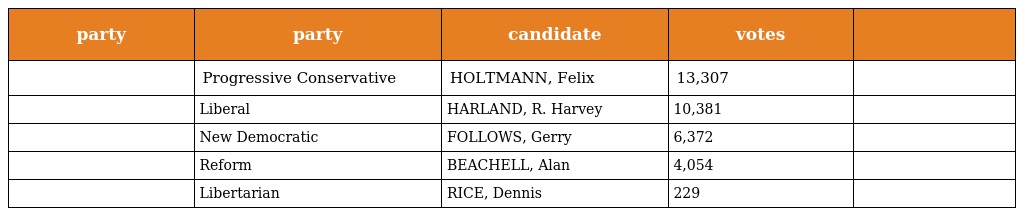
| party | party | candidate | votes |  |
 | --- | --- | --- | --- | --- |
 |  | Progressive Conservative | HOLTMANN, Felix | 13,307 |  |
 |  | Liberal | HARLAND, R. Harvey | 10,381 |  |
 |  | New Democratic | FOLLOWS, Gerry | 6,372 |  |
 |  | Reform | BEACHELL, Alan | 4,054 |  |
 |  | Libertarian | RICE, Dennis | 229 |  |